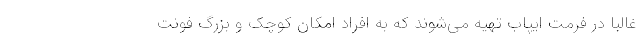
غالبا در فرمت ایپاب تهیه می‌شوند که به افراد امکان کوچک و بزرگ فونت